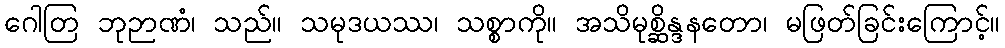
ဂေါတြ ဘုဉာဏံ၊ သည်။ သမုဒယဿ၊ သစ္စာကို။ အသိမုစ္ဆိန္ဒနတော၊ မဖြတ်ခြင်းကြောင့်။